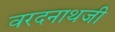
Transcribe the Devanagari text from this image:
वरदनाथजी